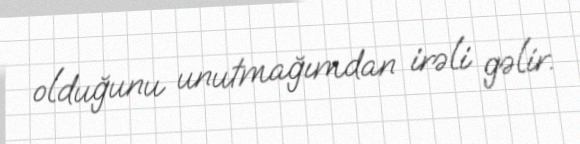
olduğunu unutmağımdan irəli gəlir.